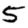
Digit: 5